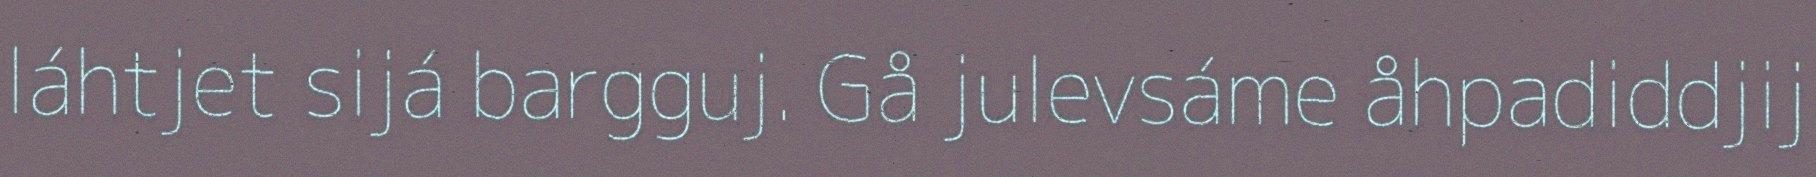
láhtjet sijá bargguj. Gå julevsáme åhpadiddjij